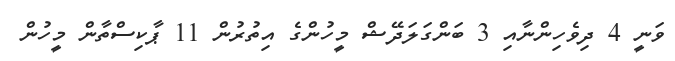
ވަނީ 4 ދިވެހިންނާއި 3 ބަންގަލަދޭޝް މީހުންގެ އިތުރުން 11 ޕާކިސްތާން މީހުން